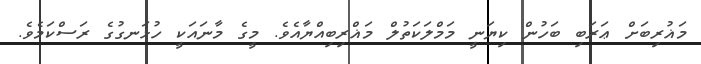
މަޣުރިބަށް ޢަރަބި ބަހުން ކިޔަނީ މަމްލަކަތުލް މަޣްރިބިއްޔާއެވެ. މީގެ މާނައަކީ ހުޅަނގުގެ ރަސްކަމެވެ.